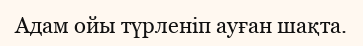
Адам ойы түрленіп ауған шақта.